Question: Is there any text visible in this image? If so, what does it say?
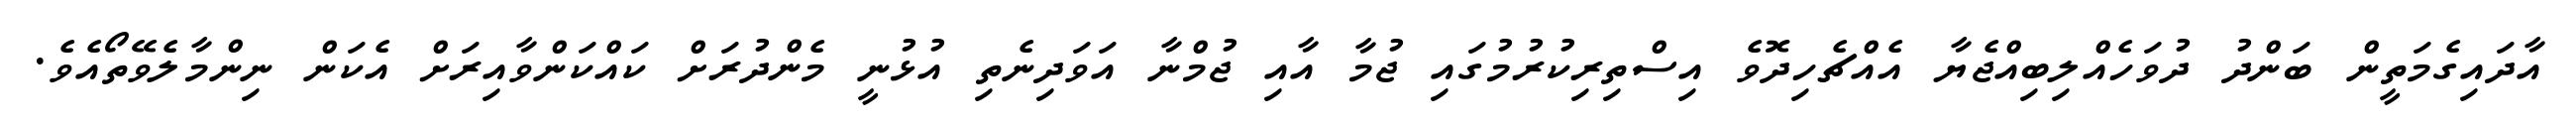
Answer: އާދައިގެމަތީން ބަންދު ދުވަހެއްލިބިއްޖެޔާ އެއްޗެހިދޮވެ އިސްތިރިކުރުމުގައި ޖުމާ އާއި ޖުމްނާ އަވަދިނެތި އުޅުނީ މެންދުރަށް ކައްކަންވާއިރަށް އެކަން ނިންމާލެވޭތޯއެވެ.